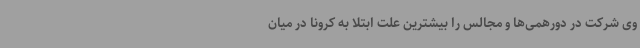
وی شرکت در دورهمی‌ها و مجالس را بیشترین علت ابتلا به کرونا در میان